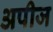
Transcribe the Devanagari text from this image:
अपीज